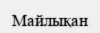
Майлықан